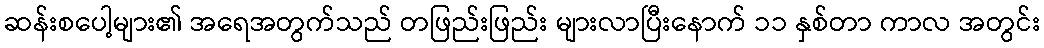
ဆန်းစပေါ့များ၏ အရေအတွက်သည် တဖြည်းဖြည်း များလာပြီးနောက် ၁၁ နှစ်တာ ကာလ အတွင်း